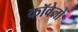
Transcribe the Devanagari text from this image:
कॉवेलो